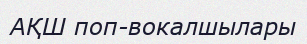
АҚШ поп-вокалшылары